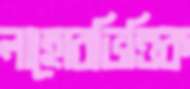
লাহোরভিত্তিক